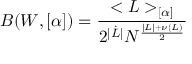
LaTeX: B ( W , [ \alpha ] ) = \frac { < { \cal L } > _ { [ \alpha ] } } { 2 ^ { | \dot { L } | } N ^ { \frac { | { \cal L } | + \nu ( { \cal L } ) } { 2 } } }